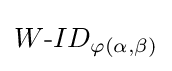
W{\textrm {-}}ID_{\varphi (\alpha ,\beta )}